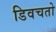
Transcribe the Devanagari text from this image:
डिवचतो